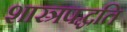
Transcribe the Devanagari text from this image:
शास्त्रपद्धति